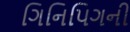
ગિનિપિગની